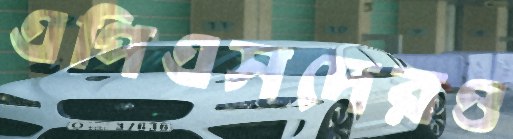
এপিএসদেরও